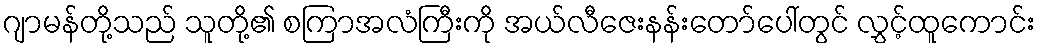
ဂျာမန်တို့သည် သူတို့၏ စကြာအလံကြီးကို အယ်လီဇေးနန်းတော်ပေါ်တွင် လွှင့်ထူကောင်း